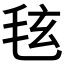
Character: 𪵚